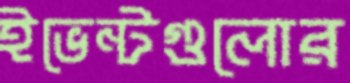
ইভেন্টগুলোর